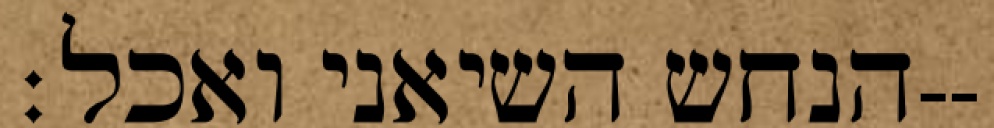
הנחש השיאני ואכל׃--